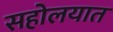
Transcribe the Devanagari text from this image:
सहोलयात